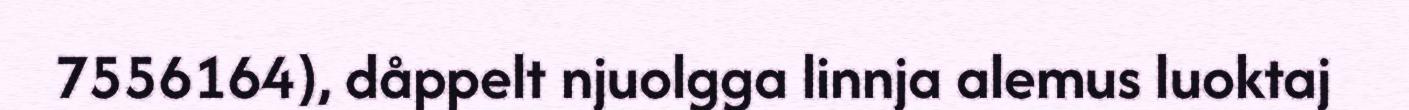
7556164), dåppelt njuolgga linnja alemus luoktaj